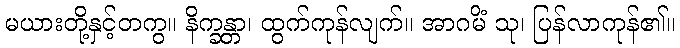
မယားတို့နှင့်တကွ။ နိက္ခန္တာ၊ ထွက်ကုန်လျက်။ အာဂမိံ သု၊ ပြန်လာကုန်၏။